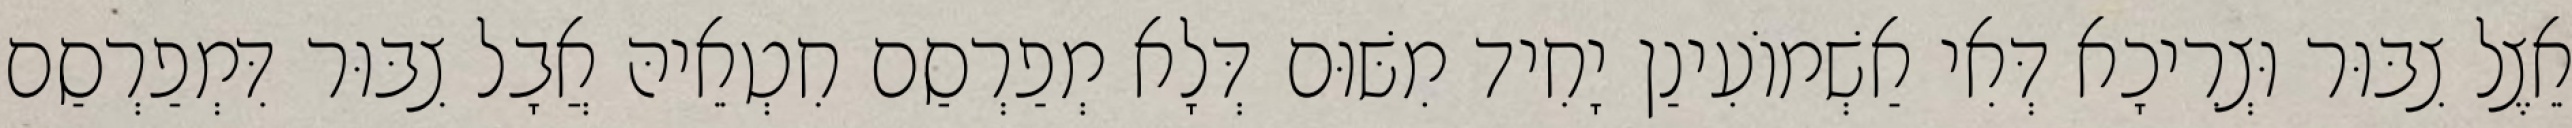
אֵצֶל צִבּוּר וּצְרִיכָא דְּאִי אַשְׁמוֹעִינַן יָחִיד מִשּׁוּם דְּלָא מְפַרְסַם חִטְאֵיהּ אֲבָל צִבּוּר דִּמְפַרְסַם